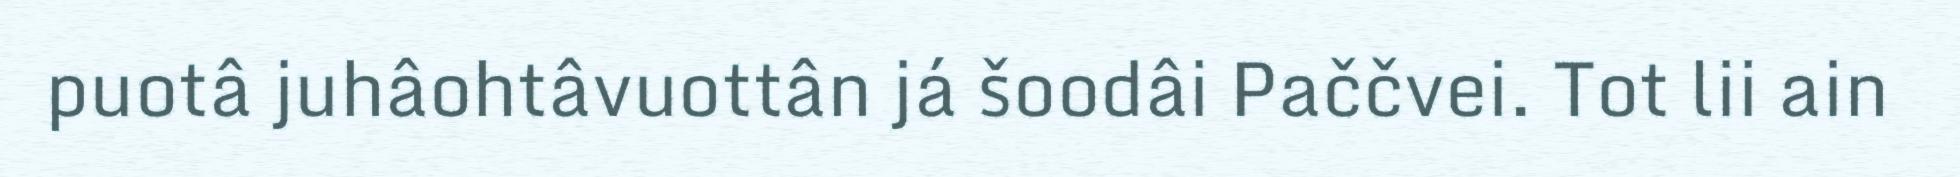
puotâ juhâohtâvuottân já šoodâi Paččvei. Tot lii ain